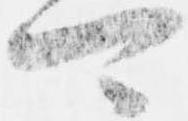
可